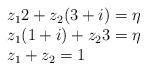
LaTeX: \begin{align*}\begin{array}{ll} z_12+z_2(3+i)=\eta\\ z_1(1+i)+z_23=\eta\\ z_1+z_2=1 \end{array} \end{align*}